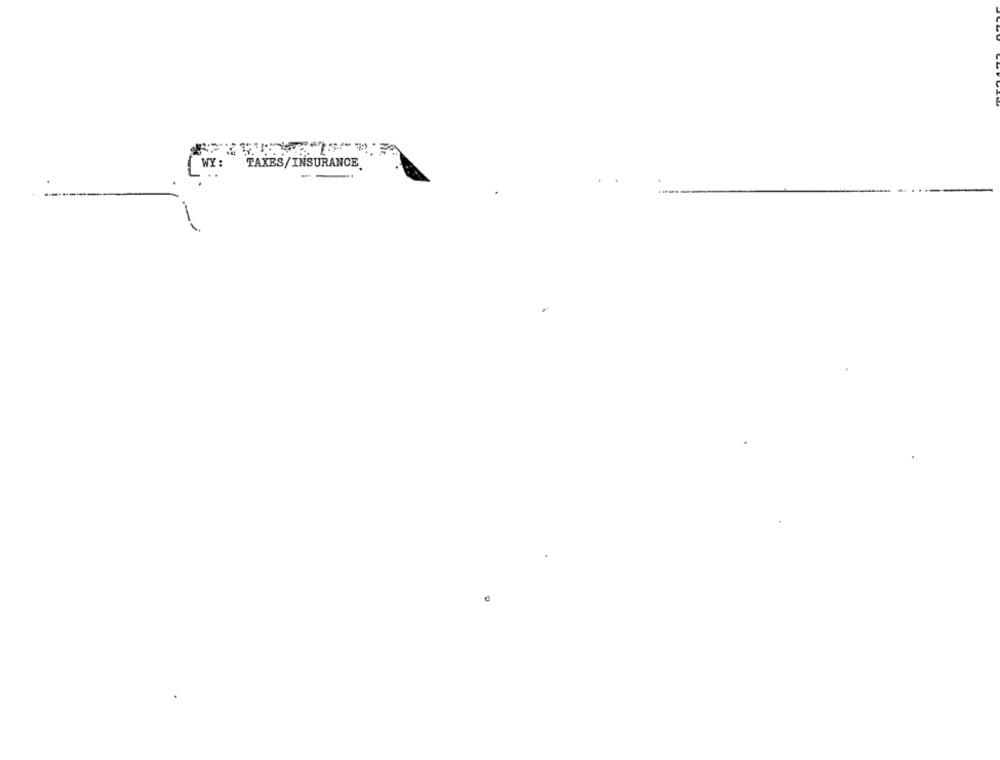
WY:
TAXES/INSURANCE
...